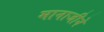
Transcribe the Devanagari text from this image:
मानाजीने